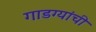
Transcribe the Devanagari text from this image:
गाडग्यांची